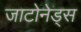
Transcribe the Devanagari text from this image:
जाटोनेड्स